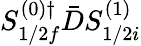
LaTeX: S_{1/2f}^{(0)\dagger}\bar{D}S_{1/2i}^{(1)}